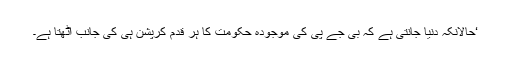
‘حالانکہ دنیا جانتی ہے کہ بی جے پی کی موجودہ حکومت کا ہر قدم کرپشن ہی کی جانب اٹھتا ہے۔